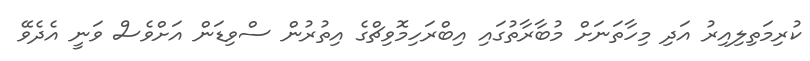
ކުރިމަތިލިއިރު އަދި މިހާތަނަށް މުބާރާތުގައި އިބްރަހިމޮވިޗްގެ އިތުރުން ސްވިޑަން އަށްވެސް ވަނީ އެދެވޭ